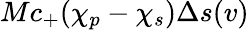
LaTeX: {Mc_{+}(\chi_{p}-\chi_{s})\Delta s(v)}